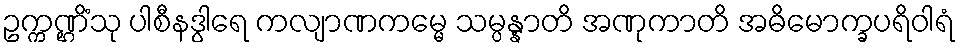
ဥက္ကဏ္ဌိံသု ပါစီနဒွါရေ ကလျာဏကမ္မေ သမ္ပန္နာတိ အဏုကာတိ အဓိမောက္ခပရိဝါရံ